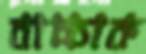
বাচ্চাক